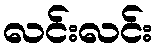
လင်းလင်း